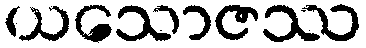
ယသောဇဿ